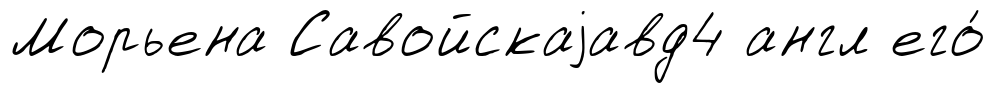
Морьена Савойскаjавд4 англ его́